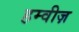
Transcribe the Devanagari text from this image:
हम्वीज़